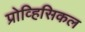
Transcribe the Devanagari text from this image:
प्रोव्हिसिकल